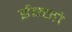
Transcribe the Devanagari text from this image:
ईम्नो